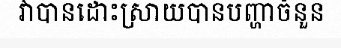
វាបានដោះស្រាយបានបញ្ហាចំនួន